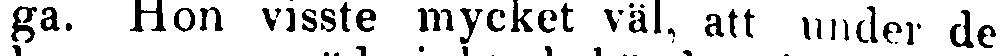
ga. Hon visste mycket väl, att under de